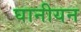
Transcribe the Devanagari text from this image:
घानीयन